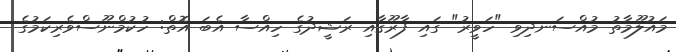
މައުލޫމާތު މުއްސަނދިވި "ހަވީރު" ގައި ފާރޫގާއި ރަޝީދުގެ ހިއްސާ އެބަ އޮތް: ހުކުމްނޫސްވެރިކަމުގެ